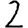
Digit: 2